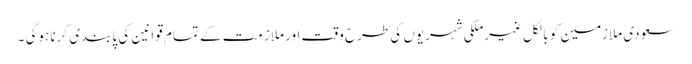
سعودی ملازمین کو بالکل غیرملکی شہریوں کی طرح وقت اور ملازمت کے تمام قوانین کی پابندی کرنا ہوگی ۔